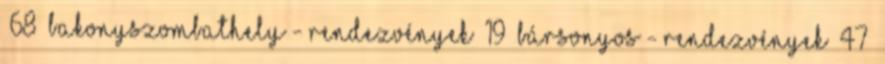
68 Bakonyszombathely - rendezvények 19 Bársonyos - rendezvények 47